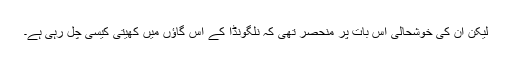
لیکن ان کی خوشحالی اس بات پر منحصر تھی کہ نلگونڈا کے اس گاؤں میں کھیتی کیسی چل رہی ہے۔